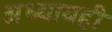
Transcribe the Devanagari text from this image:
अध्यायही